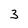
Character: 3